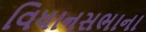
વિધાનસભાના